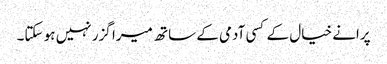
پرانے خیال کے کسی آدمی کے ساتھ میرا گزر نہیں ہو سکتا۔